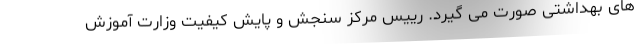
های بهداشتی صورت می گیرد. رییس مرکز سنجش و پایش کیفیت وزارت آموزش